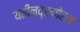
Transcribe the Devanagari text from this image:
यतीन्द्रमोहन